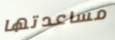
مساعدتها